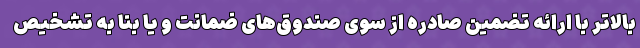
بالاتر با ارائه تضمین صادره از سوی صندوق‌های ضمانت و یا بنا به تشخیص